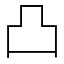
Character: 凸